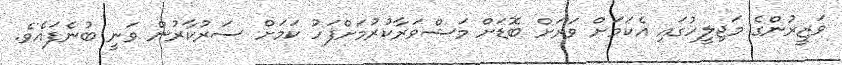
ވަޒީރުންގެ މަޖިލީހުގައި އެކަމަށް ވަރަށް ބޮޑަށް މަޝްވަރާކުރުމަށްފަހު ކަމަށް ސަރުކާރުން ވަނީ ބުނެފައެވެ.